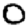
Digit: 0